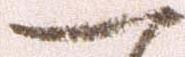
一